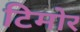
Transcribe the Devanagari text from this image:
टिमोर